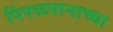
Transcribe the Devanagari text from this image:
पिंपळपानाच्या